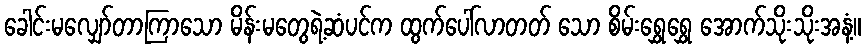
ခေါင်းမလျှော်တာကြာသော မိန်းမတွေရဲ့ဆံပင်က ထွက်ပေါ်လာတတ် သော စိမ်းရွှေရွှေ အောက်သိုးသိုးအနံ့။